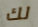
لك